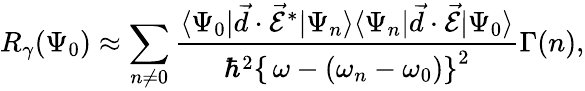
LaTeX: R_{\gamma}(\Psi_{0})\approx\sum_{n\neq 0}\frac{\langle\Psi_{0}|\vec{d}\cdot\vec{\mathcal{E}}^{*}|\Psi_{n}\rangle\langle\Psi_{n}|\vec{d}\cdot\vec{\mathcal{E}}|\Psi_{0}\rangle}{\hbar^{2}\left\{ \, \omega-(\omega_{n}-\omega_{0})\right\} ^{2}}\Gamma(n),